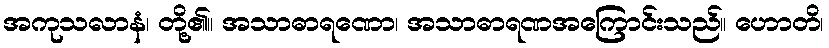
အကုသလာနံ၊ တို့၏။ အသာဓာရဏော၊ အသာဓာရဏအကြောင်းသည်။ ဟောတိ၊